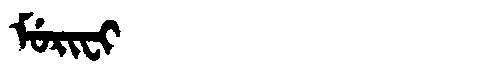
Manchu: ᠮᡠᡵᡳᠸᡳ
Romanization: MURIFI